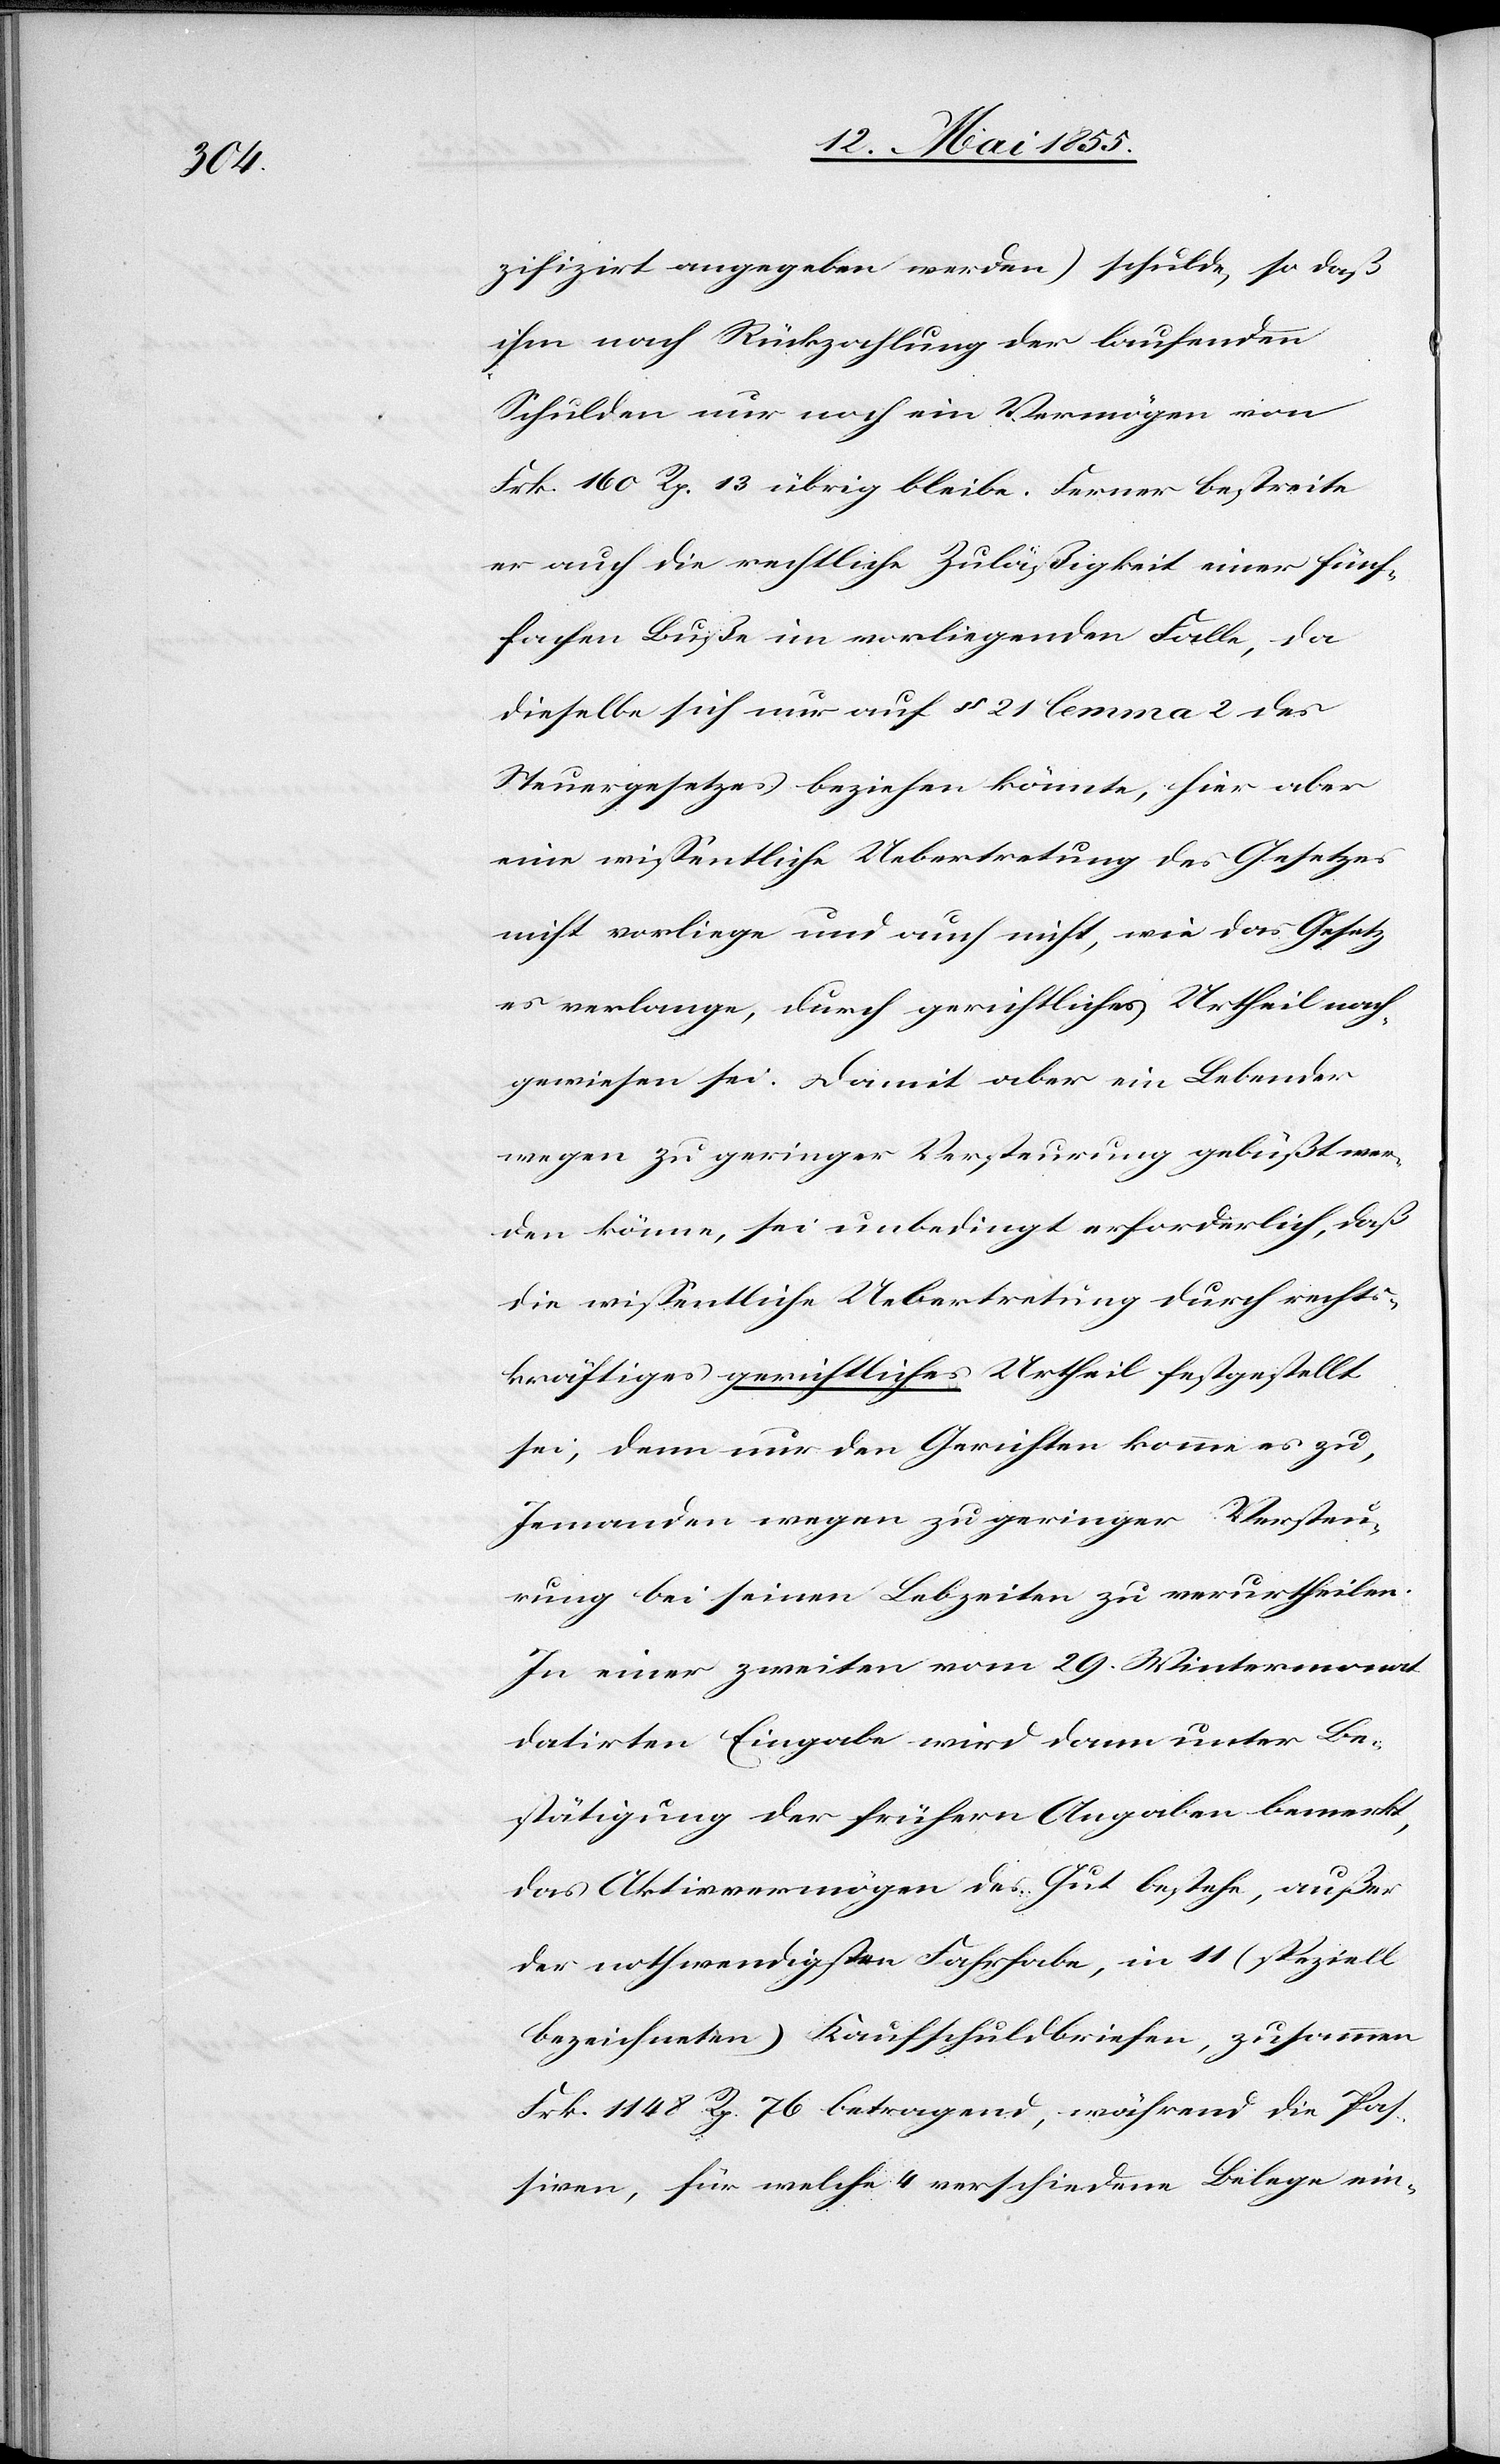
zifizirt angegeben werden) schulde, so daß
ihm nach Rückzahlung der laufenden
Schulden nur noch ein Vermögen von
Frk. 160 Rp. 13 übrig bleibe. Ferner bestreite
er auch die rechtliche Zuläßigkeit einer fünf¬
fachen Buße im vorliegenden Falle, da
dieselbe sich nur auf § 21 lemma 2 des
Steuergesetzes beziehen könnte, hier aber
eine wissentliche Uebertretung des Gesetzes
nicht vorliege und auch nicht, wie das Gesetz
es verlange, durch gerichtliches Urtheil nach¬
gewiesen sei. Damit aber ein Lebender
wegen zu geringer Versteurung gebüßt wer¬
den könne, sei unbedingt erforderlich, daß
die wissentliche Uebertretung durch rechts¬
kräftiges gerichtliches Urtheil festgestellt
sei, denn nur den Gerichten komme es zu,
Jemanden wegen zu geringer Versteu¬
rung bei seinen Lebzeiten zu verurtheilen.
In einer zweiten vom 29. Wintermonat
datirten Eingabe wird dann unter Be¬
stätigung der frühern Angaben bemerkt,
das Aktivvermögen des Gut bestehe, außer
der nothwendigsten Fahrhabe, in 11 (speziell
bezeichneten) Kaufschuldbriefen, zusammen
Frk. 1148 Rp. 76 betragend, während die Pas¬
siven, für welche 4 verschiedene Belege ein-